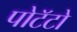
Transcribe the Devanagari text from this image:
पोटॅटो